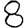
Digit: 8